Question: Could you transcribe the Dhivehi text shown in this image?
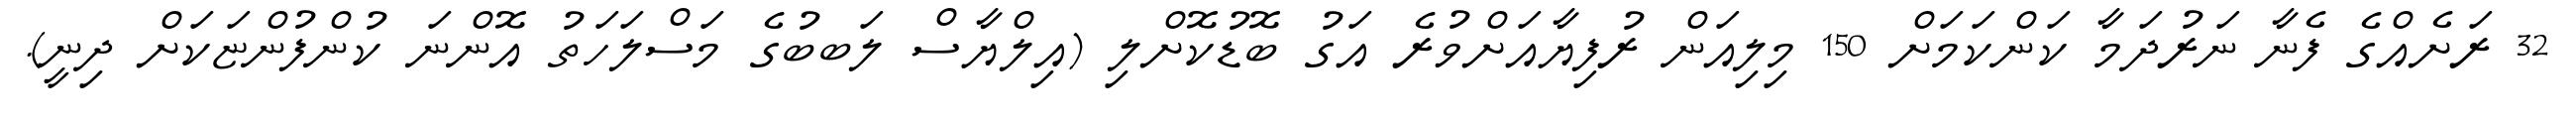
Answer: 32 ރަށެއްގެ ފެނާ ނަރުދަމާ ކަންކަމަށް 150 މިލިއަން ރުފިޔާއަށްވުރެ އަގު ބޮޑުކޮށްލި (އިލްޔާސް ލަބބުގެ މަސްލަހަތު އޮންނަ ކުންފުންޏަކަށް ދިނީ).